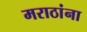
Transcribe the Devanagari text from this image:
मराठांना